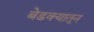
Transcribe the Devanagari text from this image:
बेडक्यातून